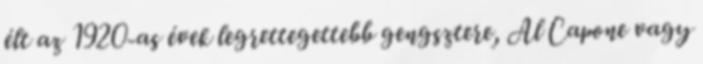
élt az 1920-as évek legrettegettebb gengsztere, Al Capone vagy